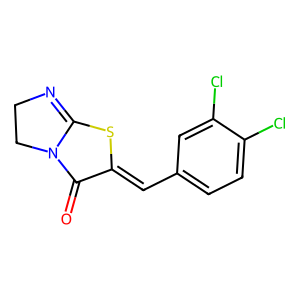
SMILES: O=c1c(=Cc2ccc(Cl)c(Cl)c2)sc2n1CCN=2
Inhibits HIV replication: No